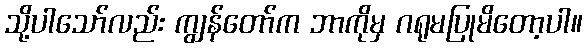
သို့ပါသော်လည်း ကျွန်တော်က ဘာကိုမှ ဂရုမပြုမိတော့ပါ။